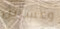
وعشرين